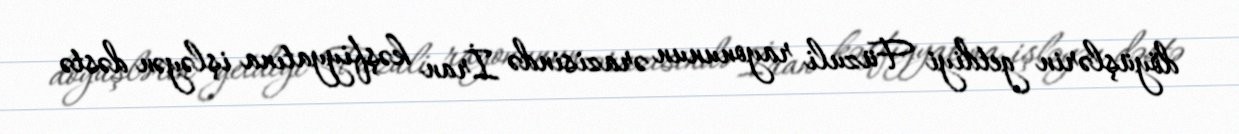
döyüşlərin getdiyi Füzuli rayonunun ərazisində İran kəşfiyyatına işləyən dəstə